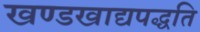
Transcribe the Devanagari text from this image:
खण्डखाद्यपद्धति